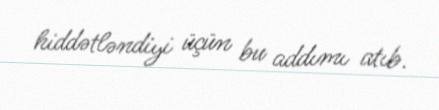
hiddətləndiyi üçün bu addımı atıb.